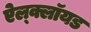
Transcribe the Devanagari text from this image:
ऐल्क्लॉयड